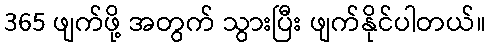
365 ဖျက်ဖို့ အတွက် သွားပြီး ဖျက်နိုင်ပါတယ်။